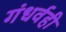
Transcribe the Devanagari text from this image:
गंधर्वही